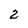
Character: 2